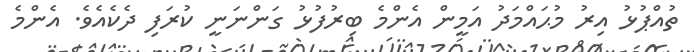
ތުއްޕުޅު އިރު މުޙައްމަދު އަމީން އެންމެ ބިރުފުޅު ގަންނަނީ ކުރަފި ދެކެއެވެ. އެންމެ